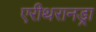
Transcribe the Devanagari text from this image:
एरीथरानड्रा